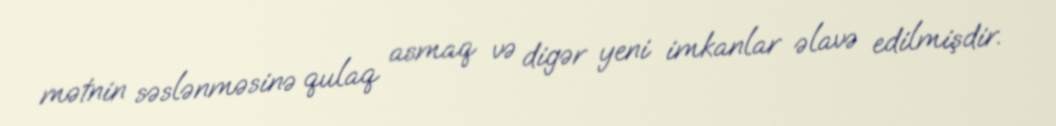
mətnin səslənməsinə qulaq asmaq və digər yeni imkanlar əlavə edilmişdir.